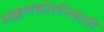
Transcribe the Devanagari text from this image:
अक्कलकोटनिवासी